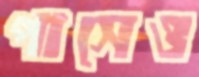
পাসেও